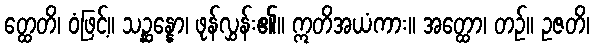
တ္ထေတိ၊ ဝံဖြင့်။ သဉ္ဆန္နော၊ ဖုန်လွှန်း၏။ ဣတိအယံကား။ အတ္ထော၊ တဉ်။ ဥဇတိ၊